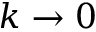
k \rightarrow 0